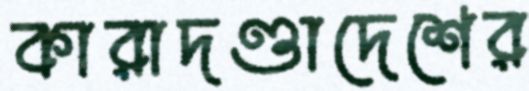
কারাদণ্ডাদেশের